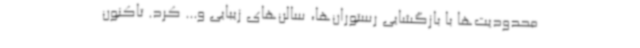
محدودیت‌ها با بازگشایی رستوران‌ها، سالن‌های زیبایی و... کرد. تاکنون